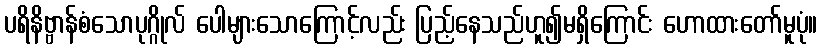
ပရိနိဗ္ဗာန်စံသောပုဂ္ဂိုလ် ပေါများသောကြောင့်လည်း ပြည့်နေသည်ဟူ၍မရှိကြောင်း ဟောထားတော်မူပုံ။